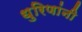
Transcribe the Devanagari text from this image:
धुरिणांनी